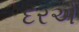
દરએ